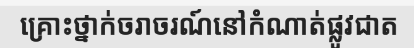
គ្រោះថ្នាក់ចរាចរណ៍នៅកំណាត់ផ្លូវជាត